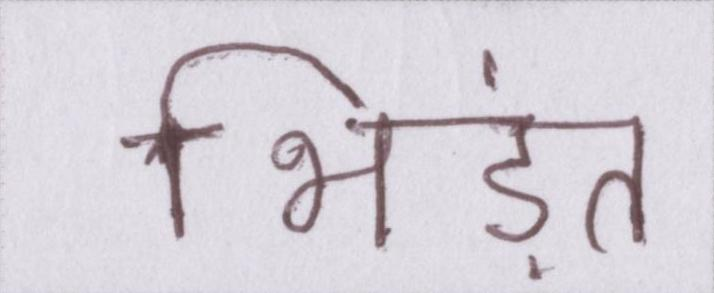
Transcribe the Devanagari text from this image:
भिड़ंत